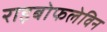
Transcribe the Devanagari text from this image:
राइबोफलेविन